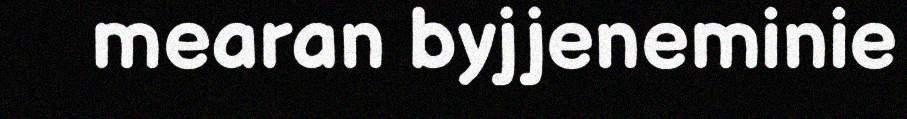
mearan byjjeneminie